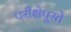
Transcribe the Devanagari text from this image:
परीक्षेपुरते